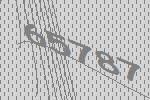
65787